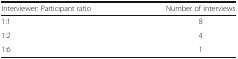
| Interviewer: Participant ratio | Number of interviews |
 | --- | --- |
 | 1:1 | 8 |
 | 1:2 | 4 |
 | 1:6 | 1 |